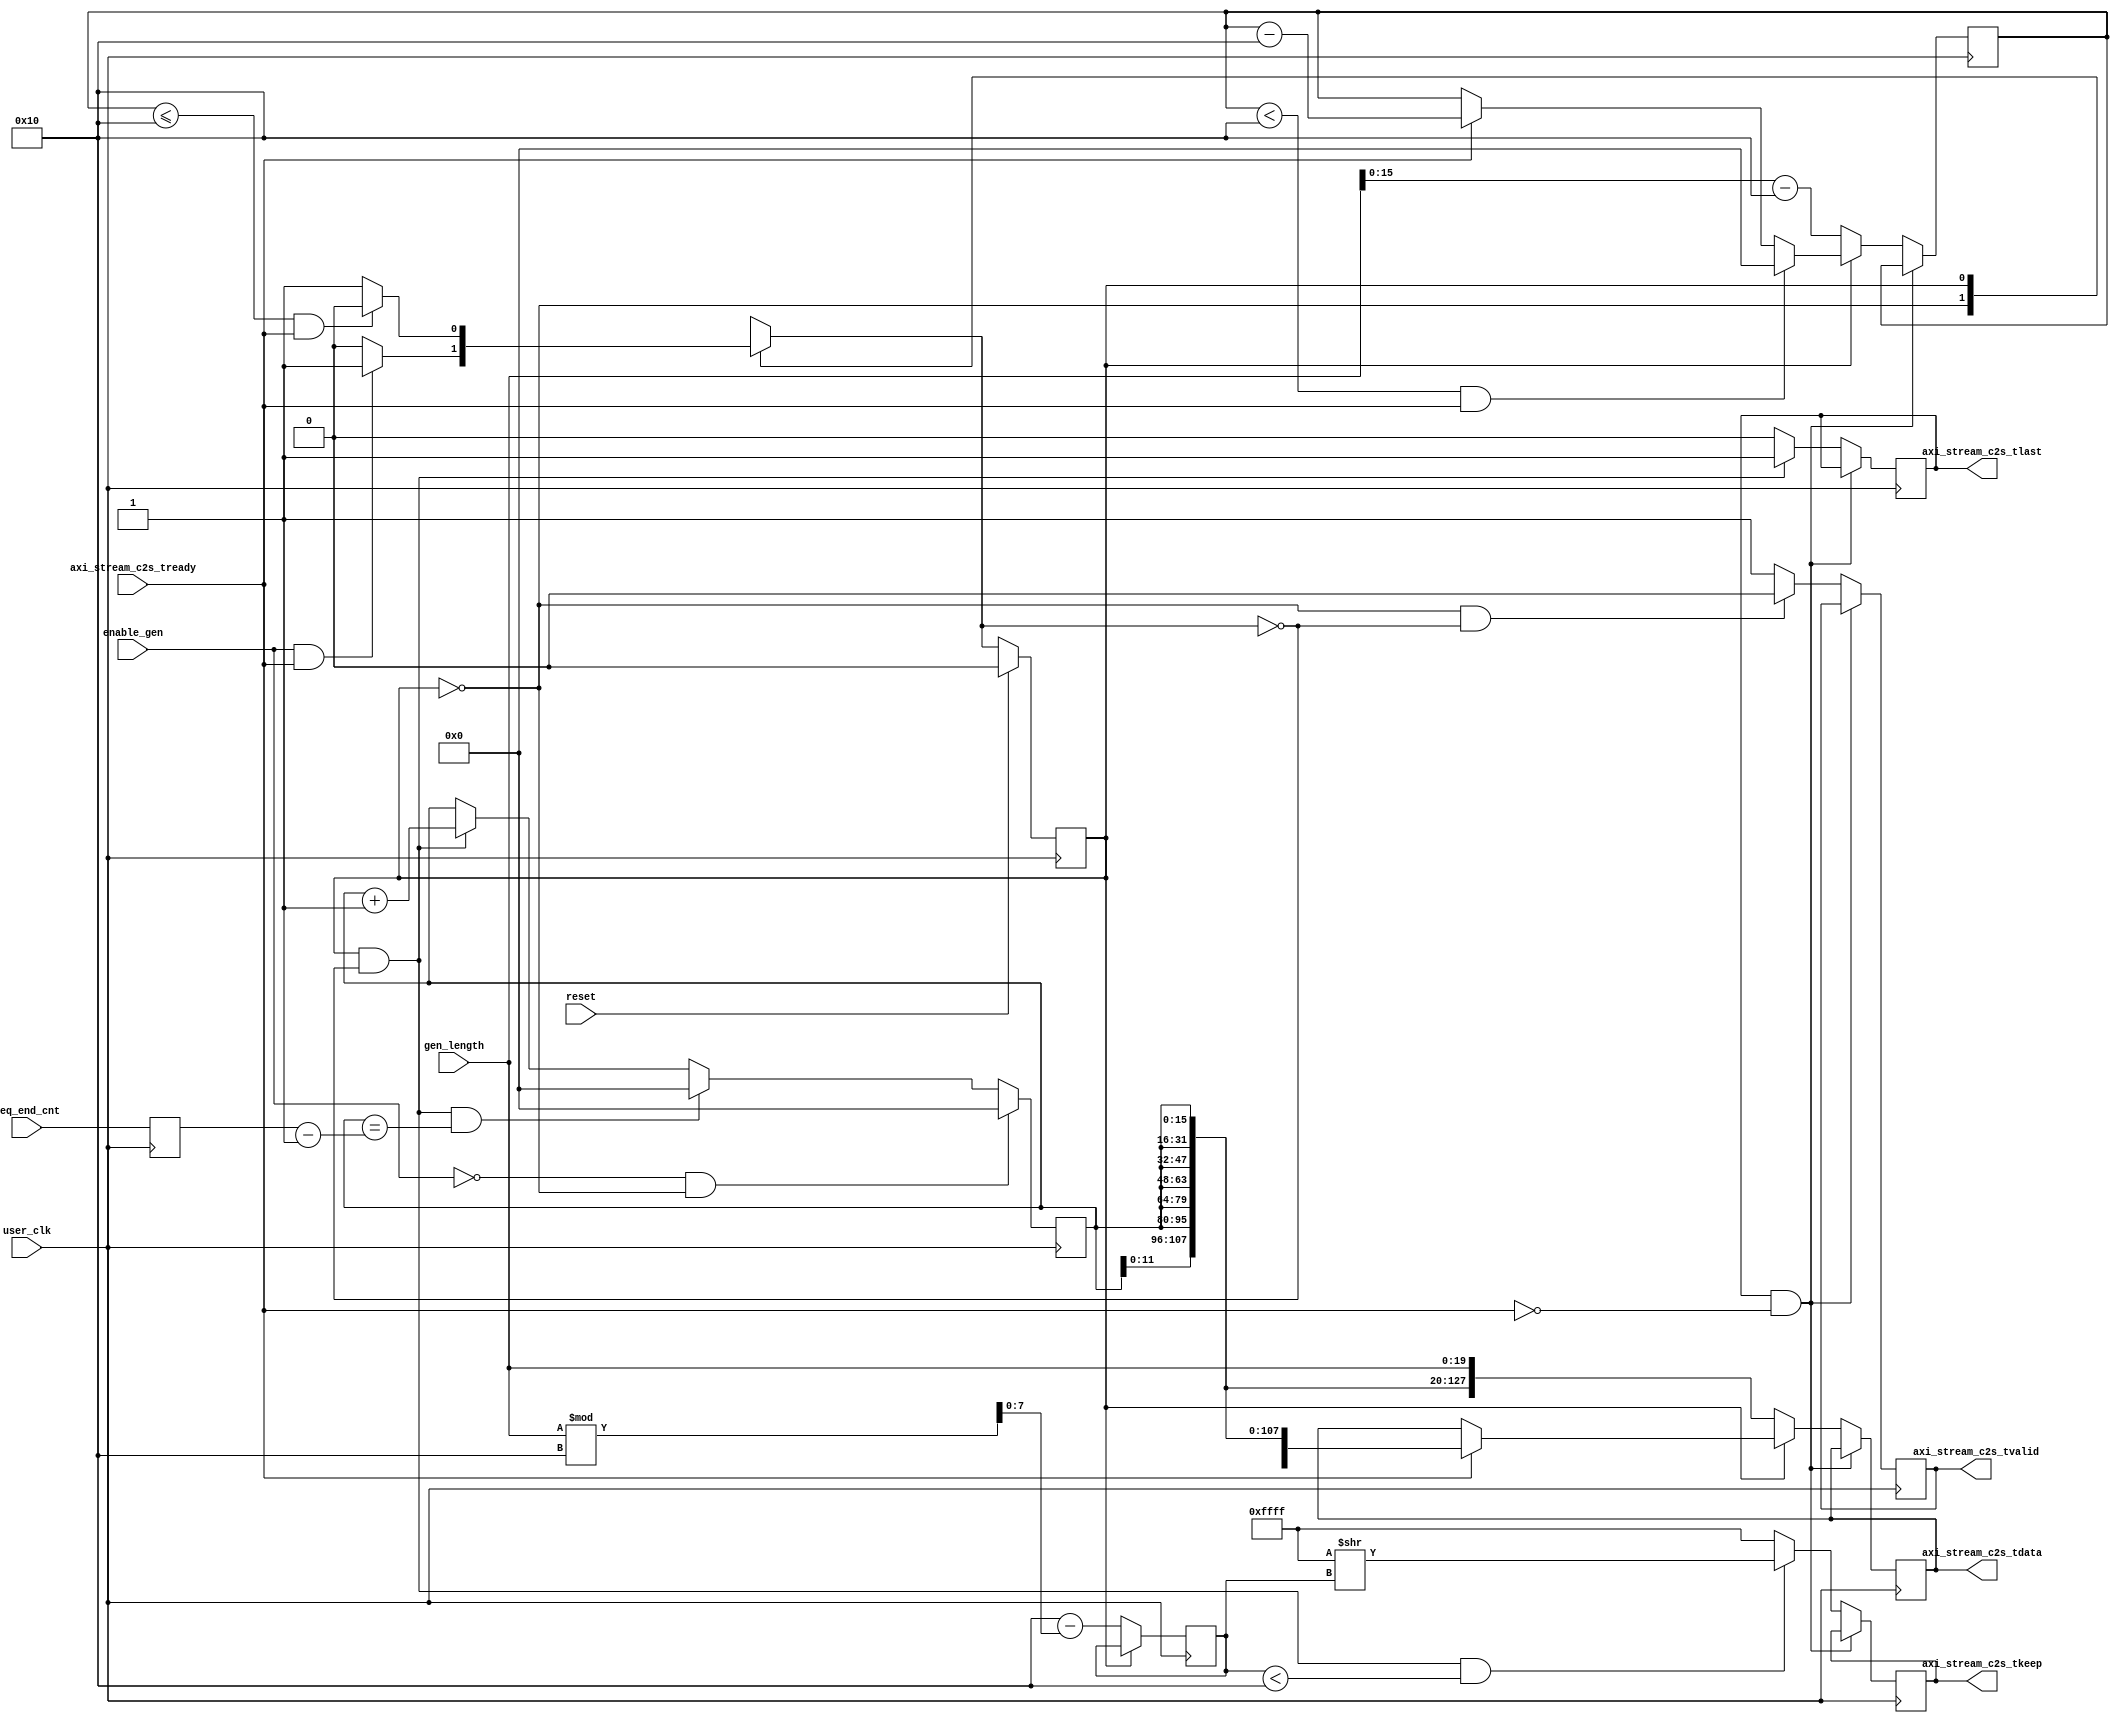
//-----------------------------------------------------------------------------
//
// (c) Copyright 2012-2013 Xilinx, Inc. All rights reserved.
//
// This file contains confidential and proprietary information of Xilinx, Inc.
// and is protected under U.S. and international copyright and other
// intellectual property laws.
//
// DISCLAIMER
//
// This disclaimer is not a license and does not grant any rights to the
// materials distributed herewith. Except as otherwise provided in a valid
// license issued to you by Xilinx, and to the maximum extent permitted by
// applicable law: (1) THESE MATERIALS ARE MADE AVAILABLE "AS IS" AND WITH ALL
// FAULTS, AND XILINX HEREBY DISCLAIMS ALL WARRANTIES AND CONDITIONS, EXPRESS,
// IMPLIED, OR STATUTORY, INCLUDING BUT NOT LIMITED TO WARRANTIES OF
// MERCHANTABILITY, NON-INFRINGEMENT, OR FITNESS FOR ANY PARTICULAR PURPOSE;
// and (2) Xilinx shall not be liable (whether in contract or tort, including
// negligence, or under any other theory of liability) for any loss or damage
// of any kind or nature related to, arising under or in connection with these
// materials, including for any direct, or any indirect, special, incidental,
// or consequential loss or damage (including loss of data, profits, goodwill,
// or any type of loss or damage suffered as a result of any action brought by
// a third party) even if such damage or loss was reasonably foreseeable or
// Xilinx had been advised of the possibility of the same.
//
// CRITICAL APPLICATIONS
//
// Xilinx products are not designed or intended to be fail-safe, or for use in
// any application requiring fail-safe performance, such as life-support or
// safety devices or systems, Class III medical devices, nuclear facilities,
// applications related to the deployment of airbags, or any other
// applications that could lead to death, personal injury, or severe property
// or environmental damage (individually and collectively, "Critical
// Applications"). Customer assumes the sole risk and liability of any use of
// Xilinx products in Critical Applications, subject only to applicable laws
// and regulations governing limitations on product liability.
//
// THIS COPYRIGHT NOTICE AND DISCLAIMER MUST BE RETAINED AS PART OF THIS FILE
// AT ALL TIMES.

`timescale 1ps / 1ps

module axi_stream_gen #(
    parameter CNT_WIDTH        =  20   ,
    parameter SEQ_END_CNT_WIDTH = 32   ,
    parameter AXIS_TDATA_WIDTH =  128  ,
    parameter NUM_BYTES        = AXIS_TDATA_WIDTH/8,
    parameter AXIS_TKEEP_WIDTH =  16   
)
(
    input                         enable_gen,
    input  [CNT_WIDTH-1:0]        gen_length,
    input  [SEQ_END_CNT_WIDTH-1:0]seq_end_cnt,
    output [AXIS_TDATA_WIDTH-1:0] axi_stream_c2s_tdata,
    output [AXIS_TKEEP_WIDTH-1:0] axi_stream_c2s_tkeep,
    output                        axi_stream_c2s_tvalid ,
    output                        axi_stream_c2s_tlast,
    input                         axi_stream_c2s_tready,

    input                         user_clk,
    input                         reset   

);

  /************** Wire Declaration *******************/
  wire [AXIS_TDATA_WIDTH-1:0]   generated_data;
  /************** Reg Declaration *******************/
  reg  [AXIS_TDATA_WIDTH-1:0]   rx_data_g = 'b0;
  reg                           rx_data_valid_g = 'b0;
  reg                           rx_data_last_g = 'b0;
  reg  [AXIS_TKEEP_WIDTH-1:0]   rx_data_strobe_g = 'b0;
  reg  [AXIS_TKEEP_WIDTH/2-1:0] invalid_bytes = 'b0;
  reg  [15:0]                   byte_cnt_g = 'b0;
  reg  [15:0]                   tag_g = 'b0;
  reg  [SEQ_END_CNT_WIDTH-1:0]  seq_end_cnt_r;
  
  //enumerated states
  parameter IDLE       = 1'b0;
  parameter GEN_PKT    = 1'b1;
  
  reg  cstate = 1'b0;
  reg  nstate = 1'b0;

  // The data generator follows the same data pattern as the checker.
  // It generates packets of a fixed length. This fixed length is gen_length
  // programmed by software
  always @ (posedge user_clk) begin
    if (reset == 1'b1)
      cstate <= IDLE;
    else 
      cstate <= nstate;
  end
  
  always @ (posedge user_clk) begin
      seq_end_cnt_r <= seq_end_cnt;
  end
   
  // if enable generator is set to 0 in a middle of the packet,
  // the generator completes the packet and then stops generating 
  // any more packets
  always@(cstate, enable_gen, byte_cnt_g, axi_stream_c2s_tready) begin
    case (cstate)
      IDLE: begin
        if (enable_gen && axi_stream_c2s_tready) begin
          nstate <= GEN_PKT;
        end else begin
          nstate <= IDLE;
        end
      end
  
      GEN_PKT: begin
        if (byte_cnt_g <= AXIS_TKEEP_WIDTH && axi_stream_c2s_tready) begin
          nstate <= IDLE;
        end else begin
          nstate <= GEN_PKT;
        end
      end
  
      default : begin
        nstate <= IDLE;
      end
  
    endcase
  end
  
  always @(posedge user_clk)
  begin
    if (rx_data_last_g  && !axi_stream_c2s_tready)
      byte_cnt_g <= byte_cnt_g;
    else if (cstate == IDLE) 
      byte_cnt_g <= gen_length - AXIS_TKEEP_WIDTH;
    else if (byte_cnt_g < AXIS_TKEEP_WIDTH && axi_stream_c2s_tready ) 
      byte_cnt_g <= 0;
    else if (axi_stream_c2s_tready) 
      byte_cnt_g <= byte_cnt_g - AXIS_TKEEP_WIDTH;
  end
  
  always @(posedge user_clk)
  begin
    if (rx_data_last_g  && !axi_stream_c2s_tready)
      rx_data_valid_g <= rx_data_valid_g;
    else if (cstate == IDLE && nstate != GEN_PKT) 
      rx_data_valid_g <= 1'b0;
    else 
      rx_data_valid_g <= 1'b1;
  end
  
  always @(posedge user_clk)
  begin
    if (!enable_gen && cstate == IDLE) 
      tag_g <= 0;
    else if (cstate == GEN_PKT && nstate == IDLE && tag_g ==seq_end_cnt_r-1) 
      tag_g <= 0;
    else if (cstate == GEN_PKT && nstate == IDLE) 
      tag_g <= tag_g + 1;
  end
  
  
  always @(posedge user_clk)
  begin
    if (cstate == IDLE) begin
      invalid_bytes <= AXIS_TKEEP_WIDTH - (gen_length % AXIS_TKEEP_WIDTH);
    end
    
    if (rx_data_last_g  && !axi_stream_c2s_tready)
      rx_data_strobe_g <= rx_data_strobe_g;
    else if (cstate == GEN_PKT && nstate == IDLE && invalid_bytes < AXIS_TKEEP_WIDTH) 
      rx_data_strobe_g <= {AXIS_TKEEP_WIDTH{1'b1}} >> invalid_bytes;
    else  
      rx_data_strobe_g <= {AXIS_TKEEP_WIDTH{1'b1}};
  end
  
  always @(posedge user_clk)
  begin
    if (rx_data_last_g  && !axi_stream_c2s_tready)
      rx_data_last_g <= rx_data_last_g;
    else if (cstate == GEN_PKT && nstate == IDLE) 
      rx_data_last_g <= 1;
    else  
      rx_data_last_g <= 0;
  end
  
  assign generated_data = {AXIS_TKEEP_WIDTH{tag_g}};
  
  always @(posedge user_clk)
  begin
    if (rx_data_last_g  && !axi_stream_c2s_tready)
      rx_data_g <= rx_data_g;
    else if (cstate == IDLE ) 
      rx_data_g <=  {generated_data[AXIS_TDATA_WIDTH-1:16],gen_length};
    else if (axi_stream_c2s_tready)  
      rx_data_g <=  {AXIS_TKEEP_WIDTH{tag_g}};
  end
  
  
  
  // Data source for receive data is either looped back 
  // transmit data or data from the generator.
  assign  axi_stream_c2s_tdata  =  rx_data_g; 
  
  assign  axi_stream_c2s_tvalid =  rx_data_valid_g;
  
  assign  axi_stream_c2s_tkeep  =  rx_data_strobe_g; 
  
  assign  axi_stream_c2s_tlast  =  rx_data_last_g; 
  
endmodule